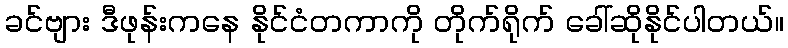
ခင်ဗျား ဒီဖုန်းကနေ နိုင်ငံတကာကို တိုက်ရိုက် ခေါ်ဆိုနိုင်ပါတယ်။